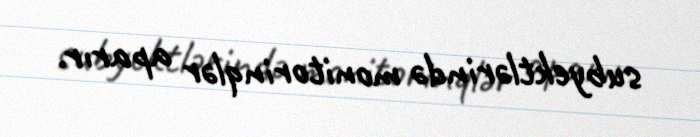
subyektlərində monitorinqlər aparır.